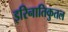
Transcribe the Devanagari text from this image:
इरिनातिकुतल